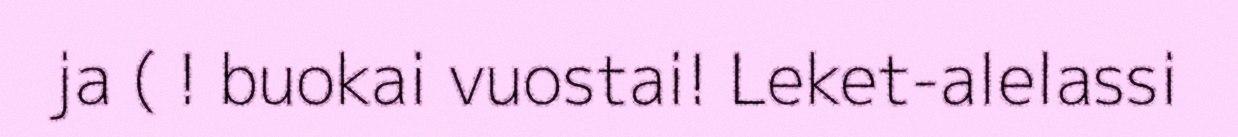
ja ( ! buokai vuostai! Leket-alelassi